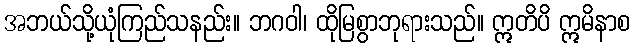
အဘယ်သို့ယုံကြည်သနည်း။ ဘဂဝါ၊ ထိုမြစွာဘုရားသည်။ ဣတိပိ ဣမိနာစ